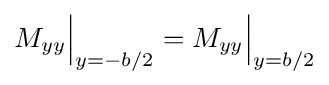
M_{yy}{\Bigr |}_{y=-b/2}=M_{yy}{\Bigr |}_{y=b/2}